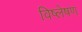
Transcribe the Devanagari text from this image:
विष्‍लेषण